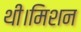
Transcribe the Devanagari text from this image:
थी।मिशन